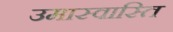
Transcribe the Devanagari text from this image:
उमास्वास्ति